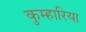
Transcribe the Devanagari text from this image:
कुम्हारिया